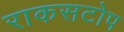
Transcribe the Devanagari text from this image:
राकसटोप